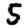
Digit: 5